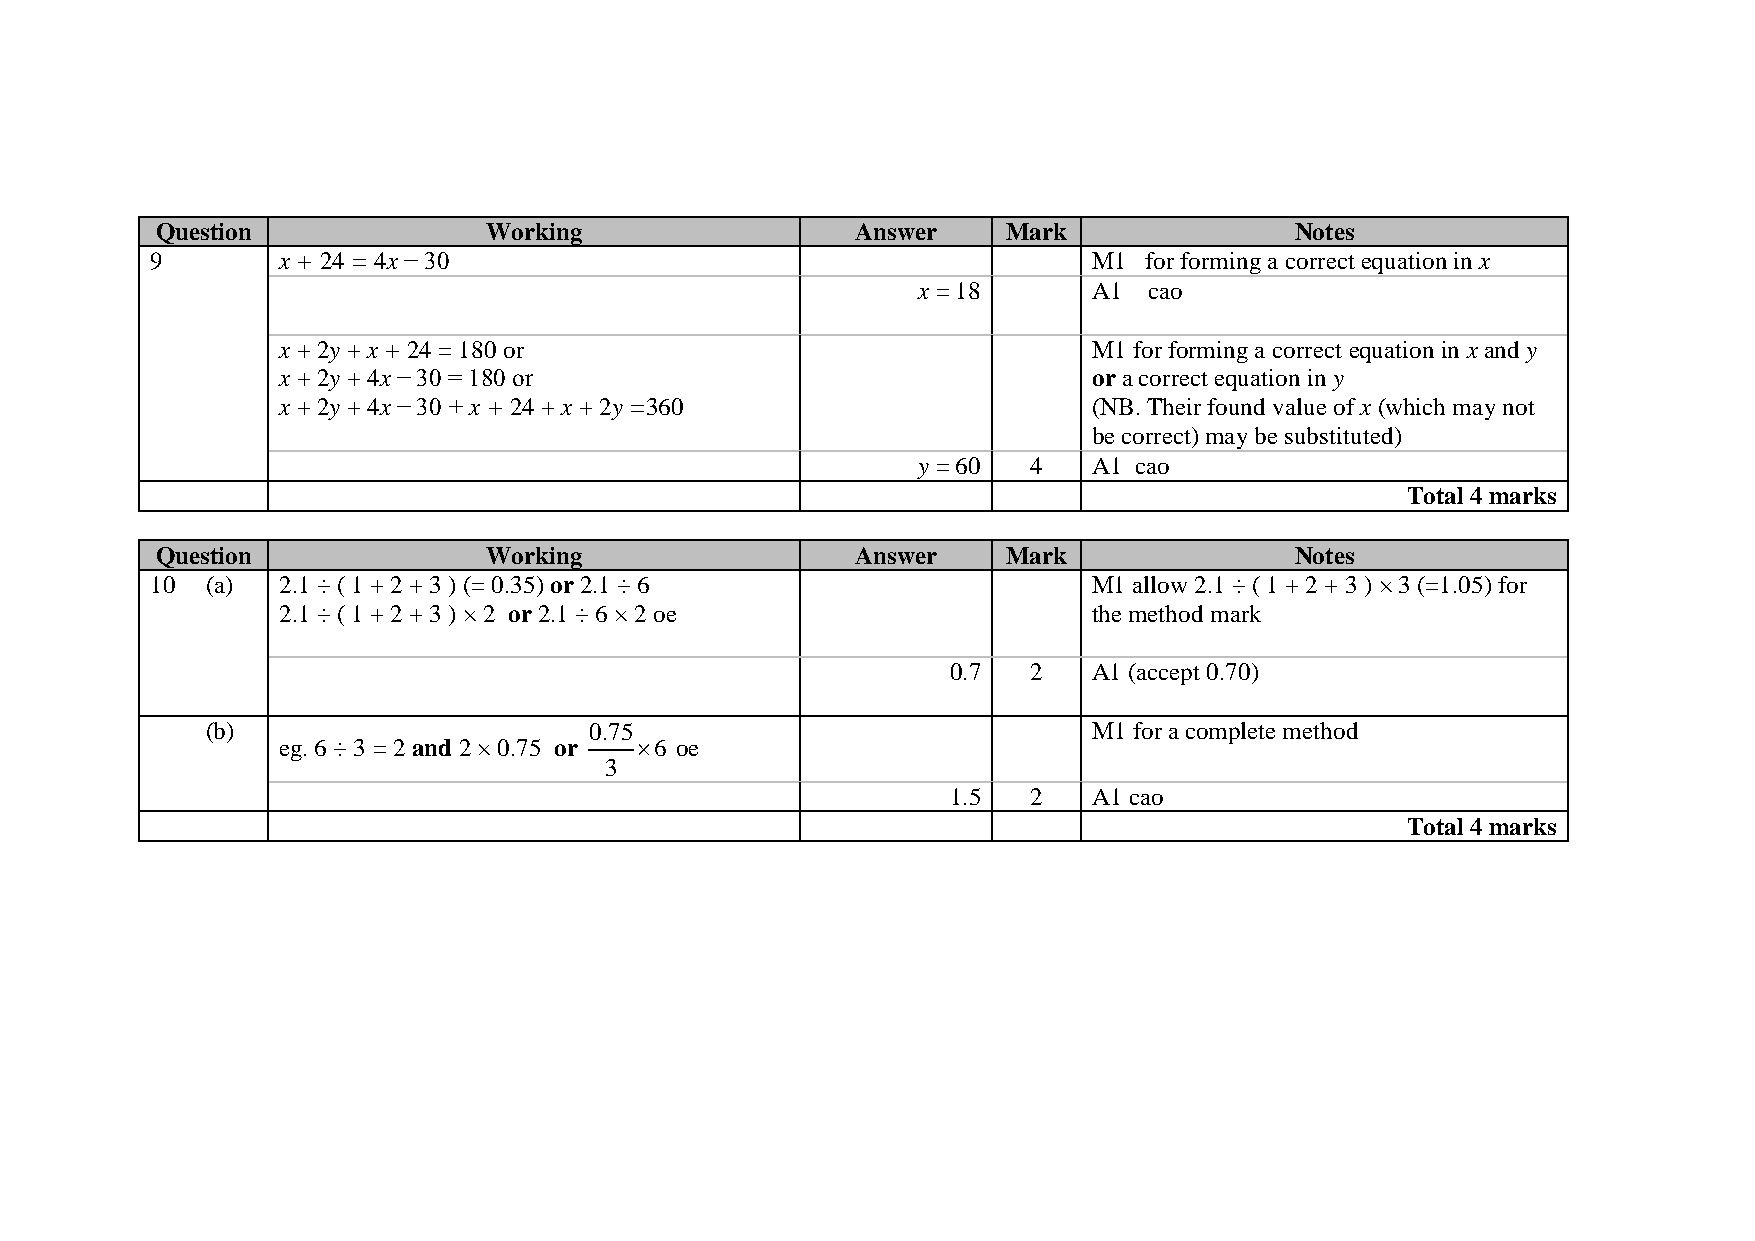
Question              Working                  Answer    Mark               Notes
 9       x + 24 = 4x − 30                                      M1  for forming a correct equation in x
 x = 18     A1  cao
 x + 2y + x + 24 = 180 or                              M1 for forming a correct equation in x and y
 x + 2y + 4x − 30 = 180 or                             or a correct equation in y
 x + 2y + 4x − 30 + x + 24 + x + 2y =360               (NB. Their found value of x (which may not
 be correct) may be substituted)
 y = 60 4   A1 cao
 Total 4 marks
 Question              Working                  Answer    Mark               Notes
 10  (a) 2.1 ÷ ( 1 + 2 + 3 ) (= 0.35) or 2.1 ÷ 6               M1 allow 2.1 ÷ ( 1 + 2 + 3 ) × 3 (=1.05) for
 2.1 ÷ ( 1 + 2 + 3 ) × 2 or 2.1 ÷ 6 × 2 oe             the method mark
 0.7  2   A1 (accept 0.70)
 (b)                      0.75                             M1 for a complete method
 eg. 6 ÷ 3 = 2 and 2 × 0.75 or ×6 oe
 3
 1.5  2   A1 cao
 Total 4 marks